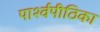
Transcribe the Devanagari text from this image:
पार्श्वपीठिका